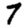
Digit: 7